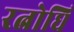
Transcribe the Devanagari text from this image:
रत्नोधि